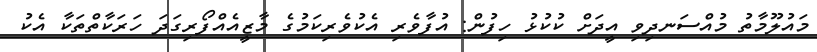
މައުލޫމާތު މުއްސަނދިވި އީދަށް ކުކުޅު ހިފުން: އުފާވެރި އެކުވެރިކަމުގެ މާޒީއެއްފޯރިގަދަ ހަރަކާތްތަކާ އެކު